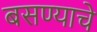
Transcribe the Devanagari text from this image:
बसण्याचे